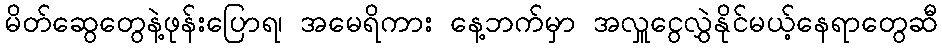
မိတ်ဆွေတွေနဲ့ဖုန်းပြောရ၊ အမေရိကား နေ့ဘက်မှာ အလှူငွေလွှဲနိုင်မယ့်နေရာတွေဆီ